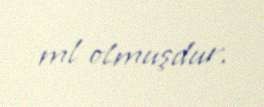
ml olmuşdur.